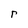
Character: r